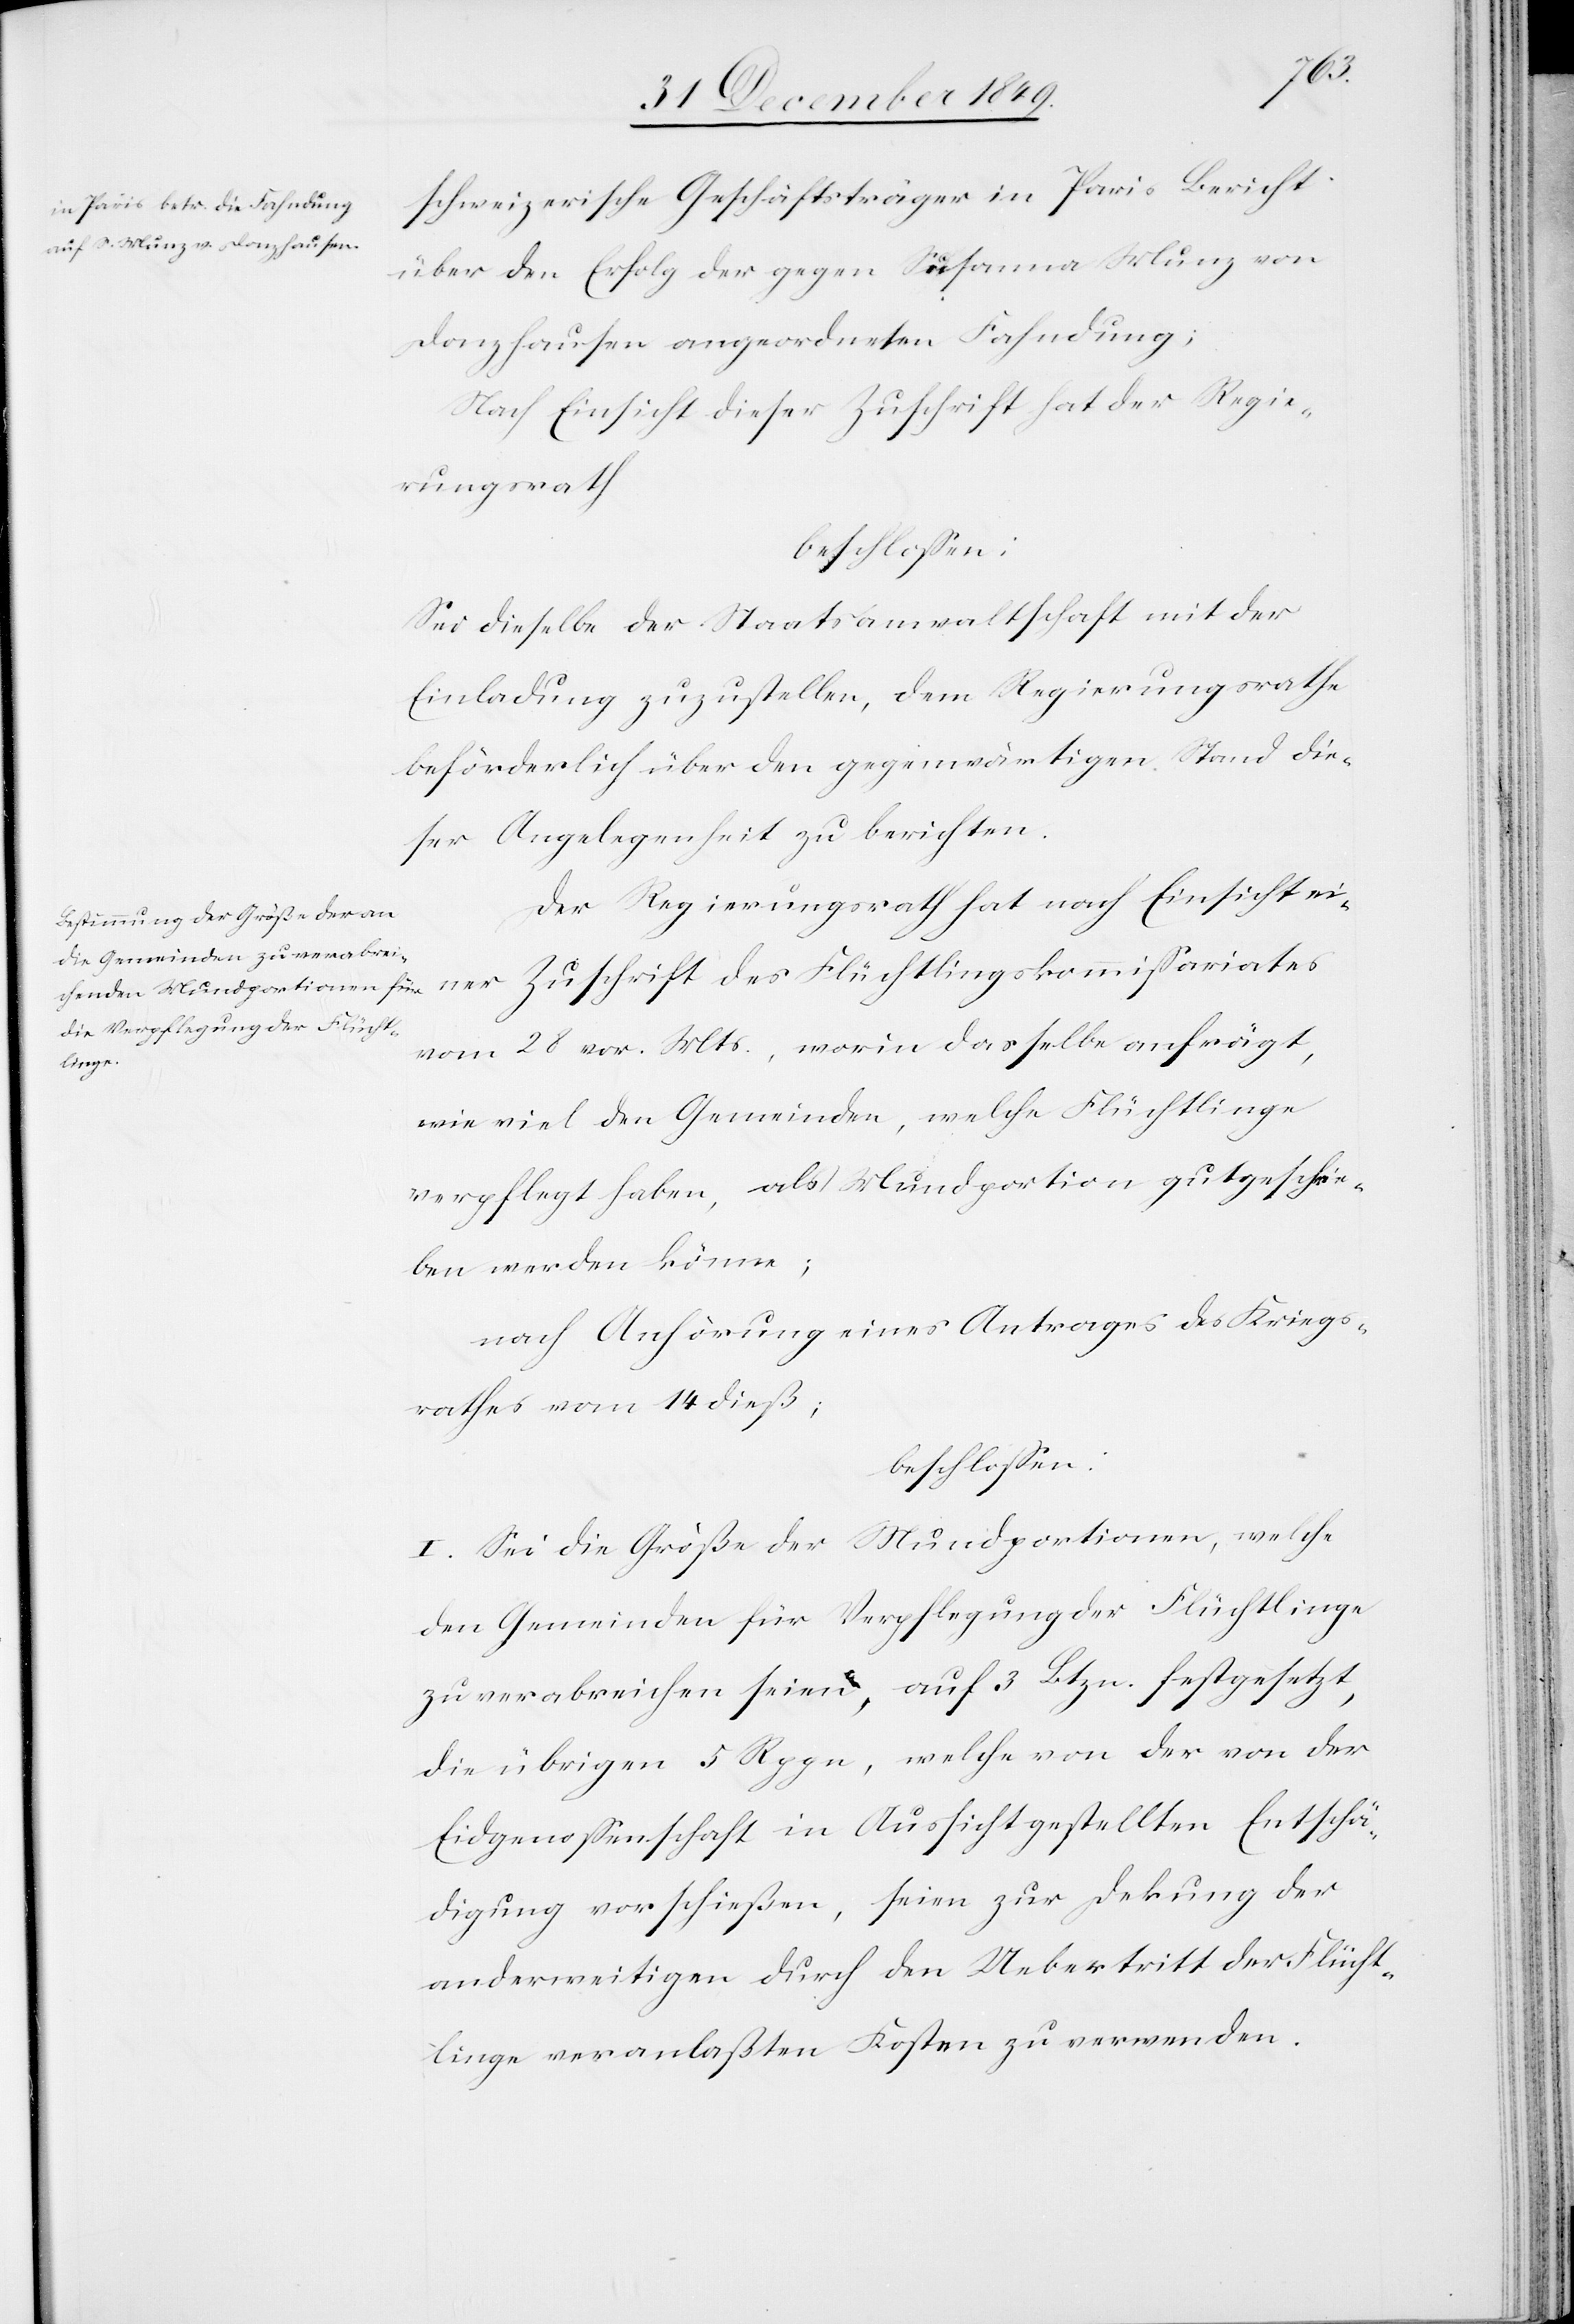
schweizerische Geschäftsträger in Paris Bericht
über den Erfolg der gegen Susanna Munz von
Donzhausen angeordneten Fahndung:
Nach Einsicht dieser Zuschrift hat der Regie¬
rungsrath
beschloßen:
Sei dieselbe der Staatsanwaltschaft mit der
Einladung zuzustellen, dem Regierungsrathe
beförderlich über den gegenwärtigen Stand die¬
ser Angelegenheit zu berichten.
Der Regierungsrath hat nach Einsicht ei¬
ner Zuschrift des Flüchtlingskommißariates
vom 28 v. Mts., worin dasselbe anfrägt,
wie viel den Gemeinden, welche Flüchtlinge
verpflegt haben, als Mundportion gutgeschrie¬
ben werden könne;
nach Anhörung eines Antrages des Kriegs¬
rathes vom 14 dieß;
beschloßen:
I. Sei die Größe der Mundportionen, welche
den Gemeinden für Verpflegung der Flüchtlinge
zu verabreichen seien, auf 3 Btzn. festgesetzt,
die übrigen 5 Rppn, welche von der von der
Eidgenossenschaft in Aussicht gestellten Entschä¬
digung vor schießen, seien zur Deckung der
anderweitigen durch den Uebertritt der Flücht¬
linge veranlaßten Kosten zu verwenden.